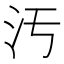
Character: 汚